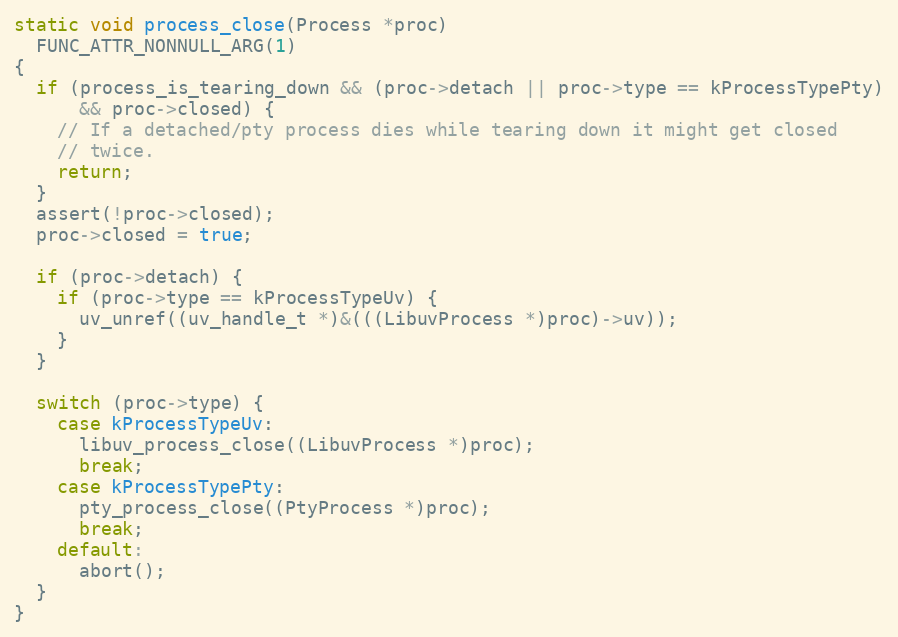
Language: C
static void process_close(Process *proc)
  FUNC_ATTR_NONNULL_ARG(1)
{
  if (process_is_tearing_down && (proc->detach || proc->type == kProcessTypePty)
      && proc->closed) {
    // If a detached/pty process dies while tearing down it might get closed
    // twice.
    return;
  }
  assert(!proc->closed);
  proc->closed = true;

  if (proc->detach) {
    if (proc->type == kProcessTypeUv) {
      uv_unref((uv_handle_t *)&(((LibuvProcess *)proc)->uv));
    }
  }

  switch (proc->type) {
    case kProcessTypeUv:
      libuv_process_close((LibuvProcess *)proc);
      break;
    case kProcessTypePty:
      pty_process_close((PtyProcess *)proc);
      break;
    default:
      abort();
  }
}